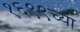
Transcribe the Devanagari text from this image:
१६९९च्या